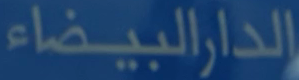
الدارالبيضاء